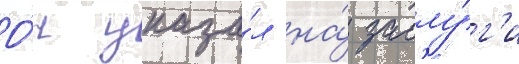
О́н указа́л на́ заслу́г'и